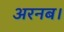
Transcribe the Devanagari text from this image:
अरनब।